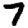
Digit: 7